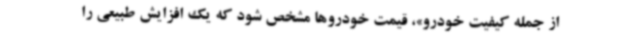
از جمله کیفیت خودرو»، قیمت خودروها مشخص شود که یک افزایش طبیعی را